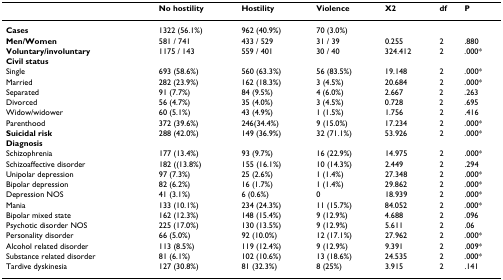
<table><thead><tr><td></td><td><b>No hostility</b></td><td><b>Hostility</b></td><td><b>Violence</b></td><td><b>X2</b></td><td><b>df</b></td><td><b>P</b></td></tr></thead><tbody><tr><td><b>Cases</b></td><td>1322 (56.1%)</td><td>962 (40.9%)</td><td>70 (3.0%)</td><td></td><td></td><td></td></tr><tr><td><b>Men/Women</b></td><td>581 / 741</td><td>433 / 529</td><td>31 / 39</td><td>0.255</td><td>2</td><td>.880</td></tr><tr><td><b>Voluntary/involuntary</b></td><td>1175 / 143</td><td>559 / 401</td><td>30 / 40</td><td>324.412</td><td>2</td><td>.000*</td></tr><tr><td><b>Civil status</b></td><td></td><td></td><td></td><td></td><td></td><td></td></tr><tr><td>Single</td><td>693 (58.6%)</td><td>560 (63.3%)</td><td>56 (83.5%)</td><td>19.148</td><td>2</td><td>.000*</td></tr><tr><td>Married</td><td>282 (23.9%)</td><td>162 (18.3%)</td><td>3 (4.5%)</td><td>20.684</td><td>2</td><td>.000*</td></tr><tr><td>Separated</td><td>91 (7.7%)</td><td>84 (9.5%)</td><td>4 (6.0%)</td><td>2.667</td><td>2</td><td>.263</td></tr><tr><td>Divorced</td><td>56 (4.7%)</td><td>35 (4.0%)</td><td>3 (4.5%)</td><td>0.728</td><td>2</td><td>.695</td></tr><tr><td>Widow/widower</td><td>60 (5.1%)</td><td>43 (4.9%)</td><td>1 (1.5%)</td><td>1.756</td><td>2</td><td>.416</td></tr><tr><td>Parenthood</td><td>372 (39.6%)</td><td>246(34.4%)</td><td>9 (15.0%)</td><td>17.234</td><td>2</td><td>.000*</td></tr><tr><td><b>Suicidal risk</b></td><td>288 (42.0%)</td><td>149 (36.9%)</td><td>32 (71.1%)</td><td>53.926</td><td>2</td><td>.000*</td></tr><tr><td><b>Diagnosis</b></td><td></td><td></td><td></td><td></td><td></td><td></td></tr><tr><td>Schizophrenia</td><td>177 (13.4%)</td><td>93 (9.7%)</td><td>16 (22.9%)</td><td>14.975</td><td>2</td><td>.000*</td></tr><tr><td>Schizoaffective disorder</td><td>182 ((13.8%)</td><td>155 (16.1%)</td><td>10 (14.3%)</td><td>2.449</td><td>2</td><td>.294</td></tr><tr><td>Unipolar depression</td><td>97 (7.3%)</td><td>25 (2.6%)</td><td>1 (1.4%)</td><td>27.348</td><td>2</td><td>.000*</td></tr><tr><td>Bipolar depression</td><td>82 (6.2%)</td><td>16 (1.7%)</td><td>1 (1.4%)</td><td>29.862</td><td>2</td><td>.000*</td></tr><tr><td>Depression NOS</td><td>41 (3.1%)</td><td>6 (0.6%)</td><td>0</td><td>18.939</td><td>2</td><td>.000*</td></tr><tr><td>Mania</td><td>133 (10.1%)</td><td>234 (24.3%)</td><td>11 (15.7%)</td><td>84.052</td><td>2</td><td>.000*</td></tr><tr><td>Bipolar mixed state</td><td>162 (12.3%)</td><td>148 (15.4%)</td><td>9 (12.9%)</td><td>4.688</td><td>2</td><td>.096</td></tr><tr><td>Psychotic disorder NOS</td><td>225 (17.0%)</td><td>130 (13.5%)</td><td>9 (12.9%)</td><td>5.611</td><td>2</td><td>.06</td></tr><tr><td>Personality disorder</td><td>66 (5.0%)</td><td>92 (10.0%)</td><td>12 (17.1%)</td><td>27.962</td><td>2</td><td>.000*</td></tr><tr><td>Alcohol related disorder</td><td>113 (8.5%)</td><td>119 (12.4%)</td><td>9 (12.9%)</td><td>9.391</td><td>2</td><td>.009*</td></tr><tr><td>Substance related disorder</td><td>81 (6.1%)</td><td>102 (10.6%)</td><td>13 (18.6%)</td><td>24.535</td><td>2</td><td>.000*</td></tr><tr><td>Tardive dyskinesia</td><td>127 (30.8%)</td><td>81 (32.3%)</td><td>8 (25%)</td><td>3.915</td><td>2</td><td>.141</td></tr></tbody></table>